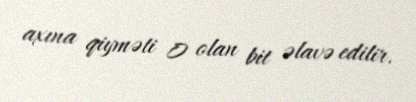
axına qiyməti 0 olan bit əlavə edilir.